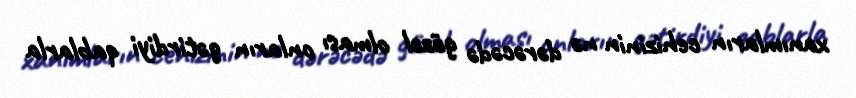
xanımların cehizinin nə dərəcədə gözəl olması onların gətirdiyi qablarla